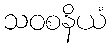
သဝစနိယံ